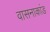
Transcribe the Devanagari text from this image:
वासनाकांड